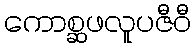
ကောစ္ဆဖလူပဇီဝီ